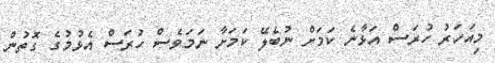
މިއަހަރު ހުރަސް އަޅާނެ ކަމަަށް ނުބެލޭ ކަމަށާ ނަމަވެސް ހުރަސް އެޅުމުގެ ގޮތުން